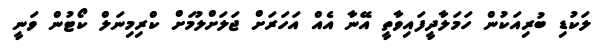
ލަކުޑި ބުރިއަކުން ހަމަލާދީފައިވާތީ އޭނާ އެއް އަހަރަށް ޖަލަށްލުމަށް ކްރިމިނަލް ކޯޓުން ވަނީ